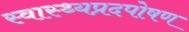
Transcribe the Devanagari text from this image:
स्वास्थ्यप्रदपोषण